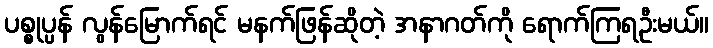
ပစ္စုပ္ပန် လွန်မြောက်ရင် မနက်ဖြန်ဆိုတဲ့ အနာဂတ်ကို ရောက်ကြရဦးမယ်။